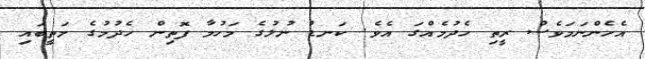
އެހެންނަމަވެސް ރީތި ހެދުމެއްގަ އެވެ. ކަނޑު ނުލުގެ މަހުމާ ފޮތިން ހެދުމުގެ މަތީބައި